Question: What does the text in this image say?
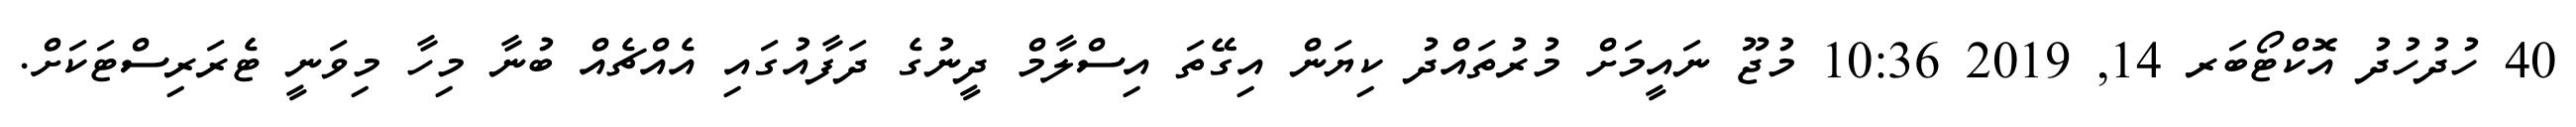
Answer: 40 ހުދުހުދު އޮކްޓޯބަރ 14, 2019 10:36 މުޖޫ ނައީމަށް މުރުތައްދު ކިޔަން އިގޭތަ އިސްލާމް ދީނުގެ ދަފާއުގައި އެއްޗެއް ބުނާ މިހާ މިވަނީ ޓެރަރިސްޓަކަށް.